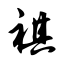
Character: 祺